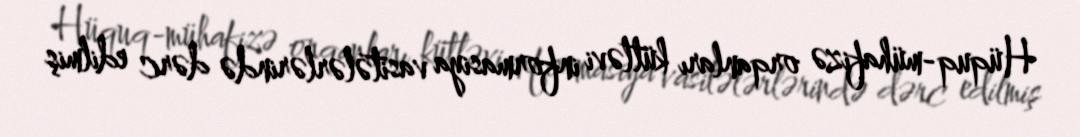
Hüquq-mühafizə orqanları kütləvi informasiya vasitələrlərində dərc edilmiş